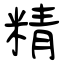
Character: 精